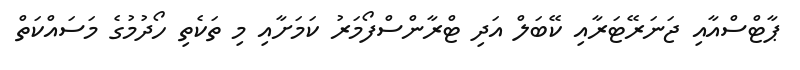
ޕާޓްސްއާއި ޖަނަރޭޓަރާއި ކޭބަލް އަދި ޓްރާންސްފޯމަރު ކަމަށާއި މި ތަކެތި ހޯދުމުގެ މަސައްކަތް